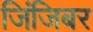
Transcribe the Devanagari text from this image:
जिंजिबर